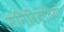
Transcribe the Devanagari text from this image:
मनिविकृतियां